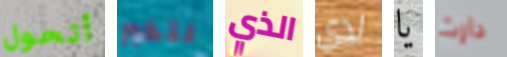
أتحول لتخبر الذي لدي يا دارث